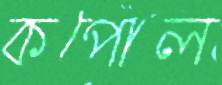
কপোল